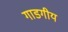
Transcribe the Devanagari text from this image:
गाडगीय